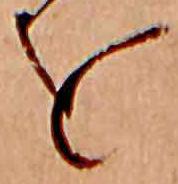
を